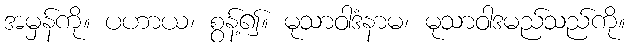
အမှန်ကို။ ပဟာယ၊ စွန့်၍။ မုသာဝါဒံနာမ၊ မုသာဝါဒမည်သည်ကို။